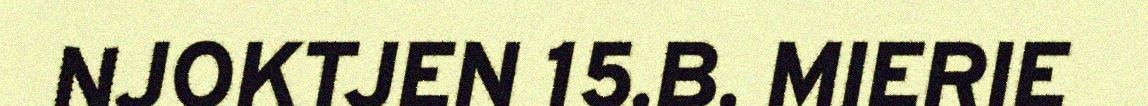
NJOKTJEN 15.B. MIERIE